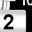
Digit: 2